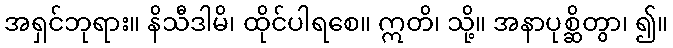
အရှင်ဘုရား။ နိသီဒါမိ၊ ထိုင်ပါရစေ။ ဣတိ၊ သို့။ အနာပုစ္ဆိတွာ၊ ၍။